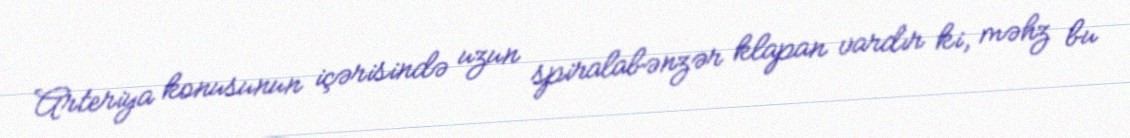
Arteriya konusunun içərisində uzun spiralabənzər klapan vardır ki, məhz bu